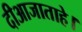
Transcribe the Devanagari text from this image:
दीआजाताहे।